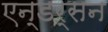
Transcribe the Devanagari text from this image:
एन्डर्सन